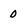
Character: 0